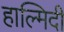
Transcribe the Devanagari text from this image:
हाल्मिदी